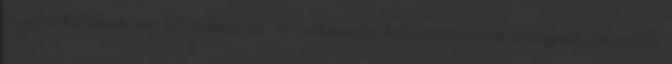
nyilatkozzok az álláskereső. A válaszba beleszőhetőek a cégről szerzett